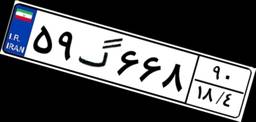
۵۹گ۶۶۸۹۰